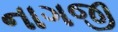
નાગજી